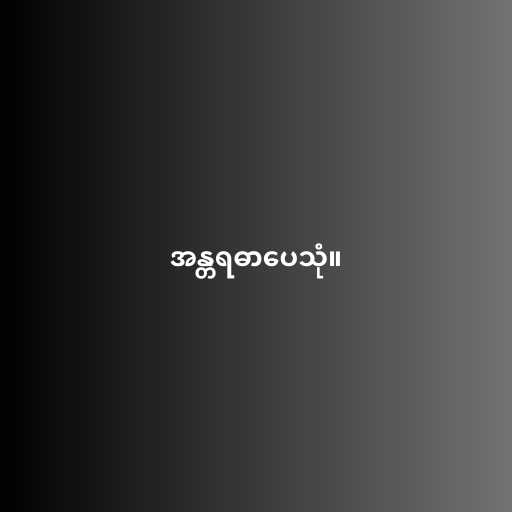
အန္တရဓာပေသုံ။